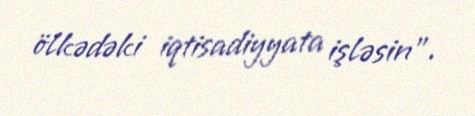
ölkədəki iqtisadiyyata işləsin".